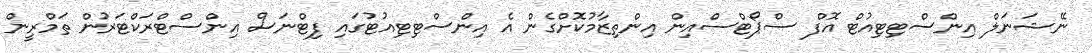
ނޭޝަނަލް އިންސްޓިޓިއުޓް އޮފް ސްޕޯޓްސްއިން އިންތިޒާމުކޮށްގެން އެ އިންސްޓިޓިއުޓުގައި ފިޓްނަސް އިންސްޓްރަކްޓަރުން ތަމްރީން